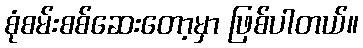
စုံစမ်းစစ်ဆေးတော့မှာ ဖြစ်ပါတယ်။